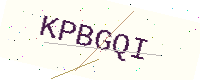
Text: KPBGQI